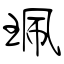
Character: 珮